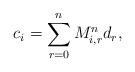
LaTeX: \begin{align*}c_{i}=\sum_{r=0}^{n}M_{i,r}^{n}d_{r},\end{align*}